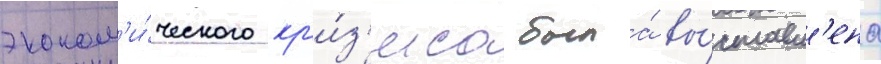
эконом'и́ческого кр'и́з'иса была́ вы́ставл'ена